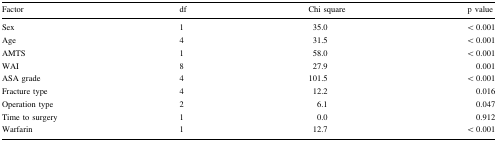
| Factor | df | Chi square | p value |
 | --- | --- | --- | --- |
 | Sex | 1 | 35.0 | < 0.001 |
 | Age | 4 | 31.5 | < 0.001 |
 | AMTS | 1 | 58.0 | < 0.001 |
 | WAI | 8 | 27.9 | 0.001 |
 | ASA grade | 4 | 101.5 | < 0.001 |
 | Fracture type | 4 | 12.2 | 0.016 |
 | Operation type | 2 | 6.1 | 0.047 |
 | Time to surgery | 1 | 0.0 | 0.912 |
 | Warfarin | 1 | 12.7 | < 0.001 |